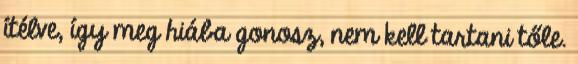
ítélve, így meg hiába gonosz, nem kell tartani tőle.